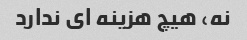
نه، هیچ هزینه ای ندارد